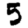
Digit: 5